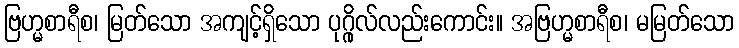
ဗြဟ္မစာရီစ၊ မြတ်သော အကျင့်ရှိသော ပုဂ္ဂိုလ်လည်းကောင်း။ အဗြဟ္မစာရီစ၊ မမြတ်သော